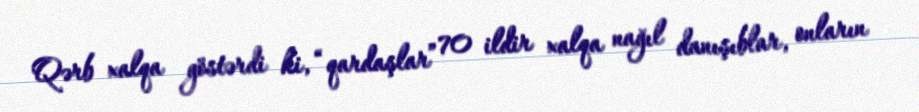
Qərb xalqa göstərdi ki, “qardaşlar” 70 ildir xalqa nağıl danışıblar, onların